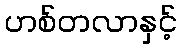
ဟစ်တလာနှင့်